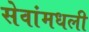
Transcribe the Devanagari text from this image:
सेवांमधली